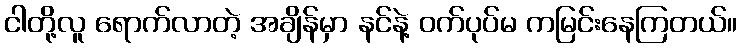
ငါတို့လူ ရောက်လာတဲ့ အချိန်မှာ နင်နဲ့ ဝက်ပုပ်မ ကမြင်းနေကြတယ်။